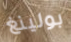
بولينغ